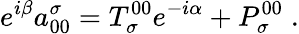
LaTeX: e^{i\beta}a_{00}^{\sigma}=T_{\sigma}^{00}e^{-i\alpha}+P_{\sigma}^{00}\; .